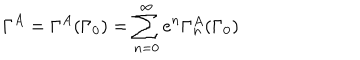
LaTeX: \Gamma ^ { A } = \Gamma ^ { A } ( \Gamma _ { 0 } ) = \sum _ { n = 0 } ^ { \infty } e ^ { n } \Gamma _ { n } ^ { A } ( \Gamma _ { 0 } )